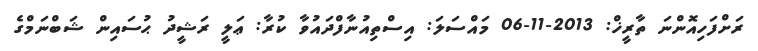
ރަށްފަހިއޮންނަ ތާރީޚް: 2013-11-06 މައްސަލަ: އިސްތިއުނާފްދައުވާ ކުރާ: ޢަލީ ރަޝީދު ޙުސައިން ޝަބްނަމްގެ